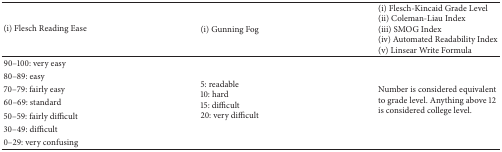
<table><thead><tr><td><b>(i) Flesch Reading Ease</b></td><td><b>(i) Gunning Fog</b></td><td><b>(i) Flesch-Kincaid Grade Level(ii) Coleman-Liau Index(iii) SMOG Index(iv) Automated Readability Index(v) Linsear Write Formula</b></td></tr></thead><tbody><tr><td>90–100: very easy</td><td rowspan="7">5: readable10: hard15: difficult20: very difficult</td><td rowspan="7">Number is considered equivalent to grade level. Anything above 12 is considered college level.</td></tr><tr><td>80–89: easy</td></tr><tr><td>70–79: fairly easy</td></tr><tr><td>60–69: standard</td></tr><tr><td>50–59: fairly difficult</td></tr><tr><td>30–49: difficult</td></tr><tr><td>0–29: very confusing</td></tr></tbody></table>